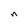
Character: n